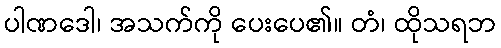
ပါဏဒေါ၊ အသက်ကို ပေးပေ၏။ တံ၊ ထိုသရဘ